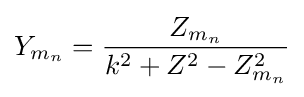
Y_{m_{n}}={\frac {Z_{m_{n}}}{k^{2}+Z^{2}-Z_{m_{n}}^{2}}}